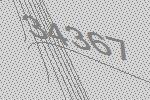
34367